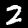
Digit: 2